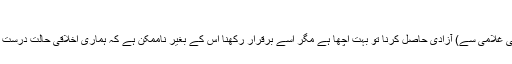
آزادی کی حفاظت
میں آپ کو خبردار کرتا ہوں کہ (مخلوق کی غلامی سے) آزادی حاصل کرنا تو بہت اچھا ہے مگر اسے برقرار رکھنا اس کے بغیر ناممکن ہے کہ ہماری اخلاقی حالت درست ہو اور ہماری زندگی میں انسانیت زندہ ہو۔